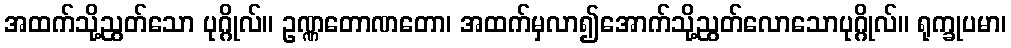
အထက်သို့ညွတ်သော ပုဂ္ဂိုလ်။ ဥဏ္ဏတောဏတော၊ အထက်မှလာ၍အောက်သို့ညွတ်လောသောပုဂ္ဂိုလ်။ ရုက္ခုပမာ၊